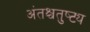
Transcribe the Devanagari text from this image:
अंतश्चतुष्ट्य